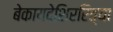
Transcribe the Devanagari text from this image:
बेकायदेशिररित्या